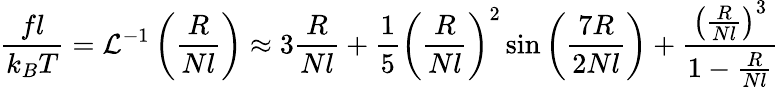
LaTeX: {\frac{fl}{k_{B}T}}={\mathcal{L}}^{-1}\left({\frac{R}{Nl}}\right)\approx 3{\frac{R}{Nl}}+{\frac{1}{5}}\left({\frac{R}{Nl}}\right)^{2}\sin\left({\frac{7R}{2Nl}}\right)+{\frac{\left({\frac{R}{Nl}}\right)^{3}}{1-{\frac{R}{Nl}}}}